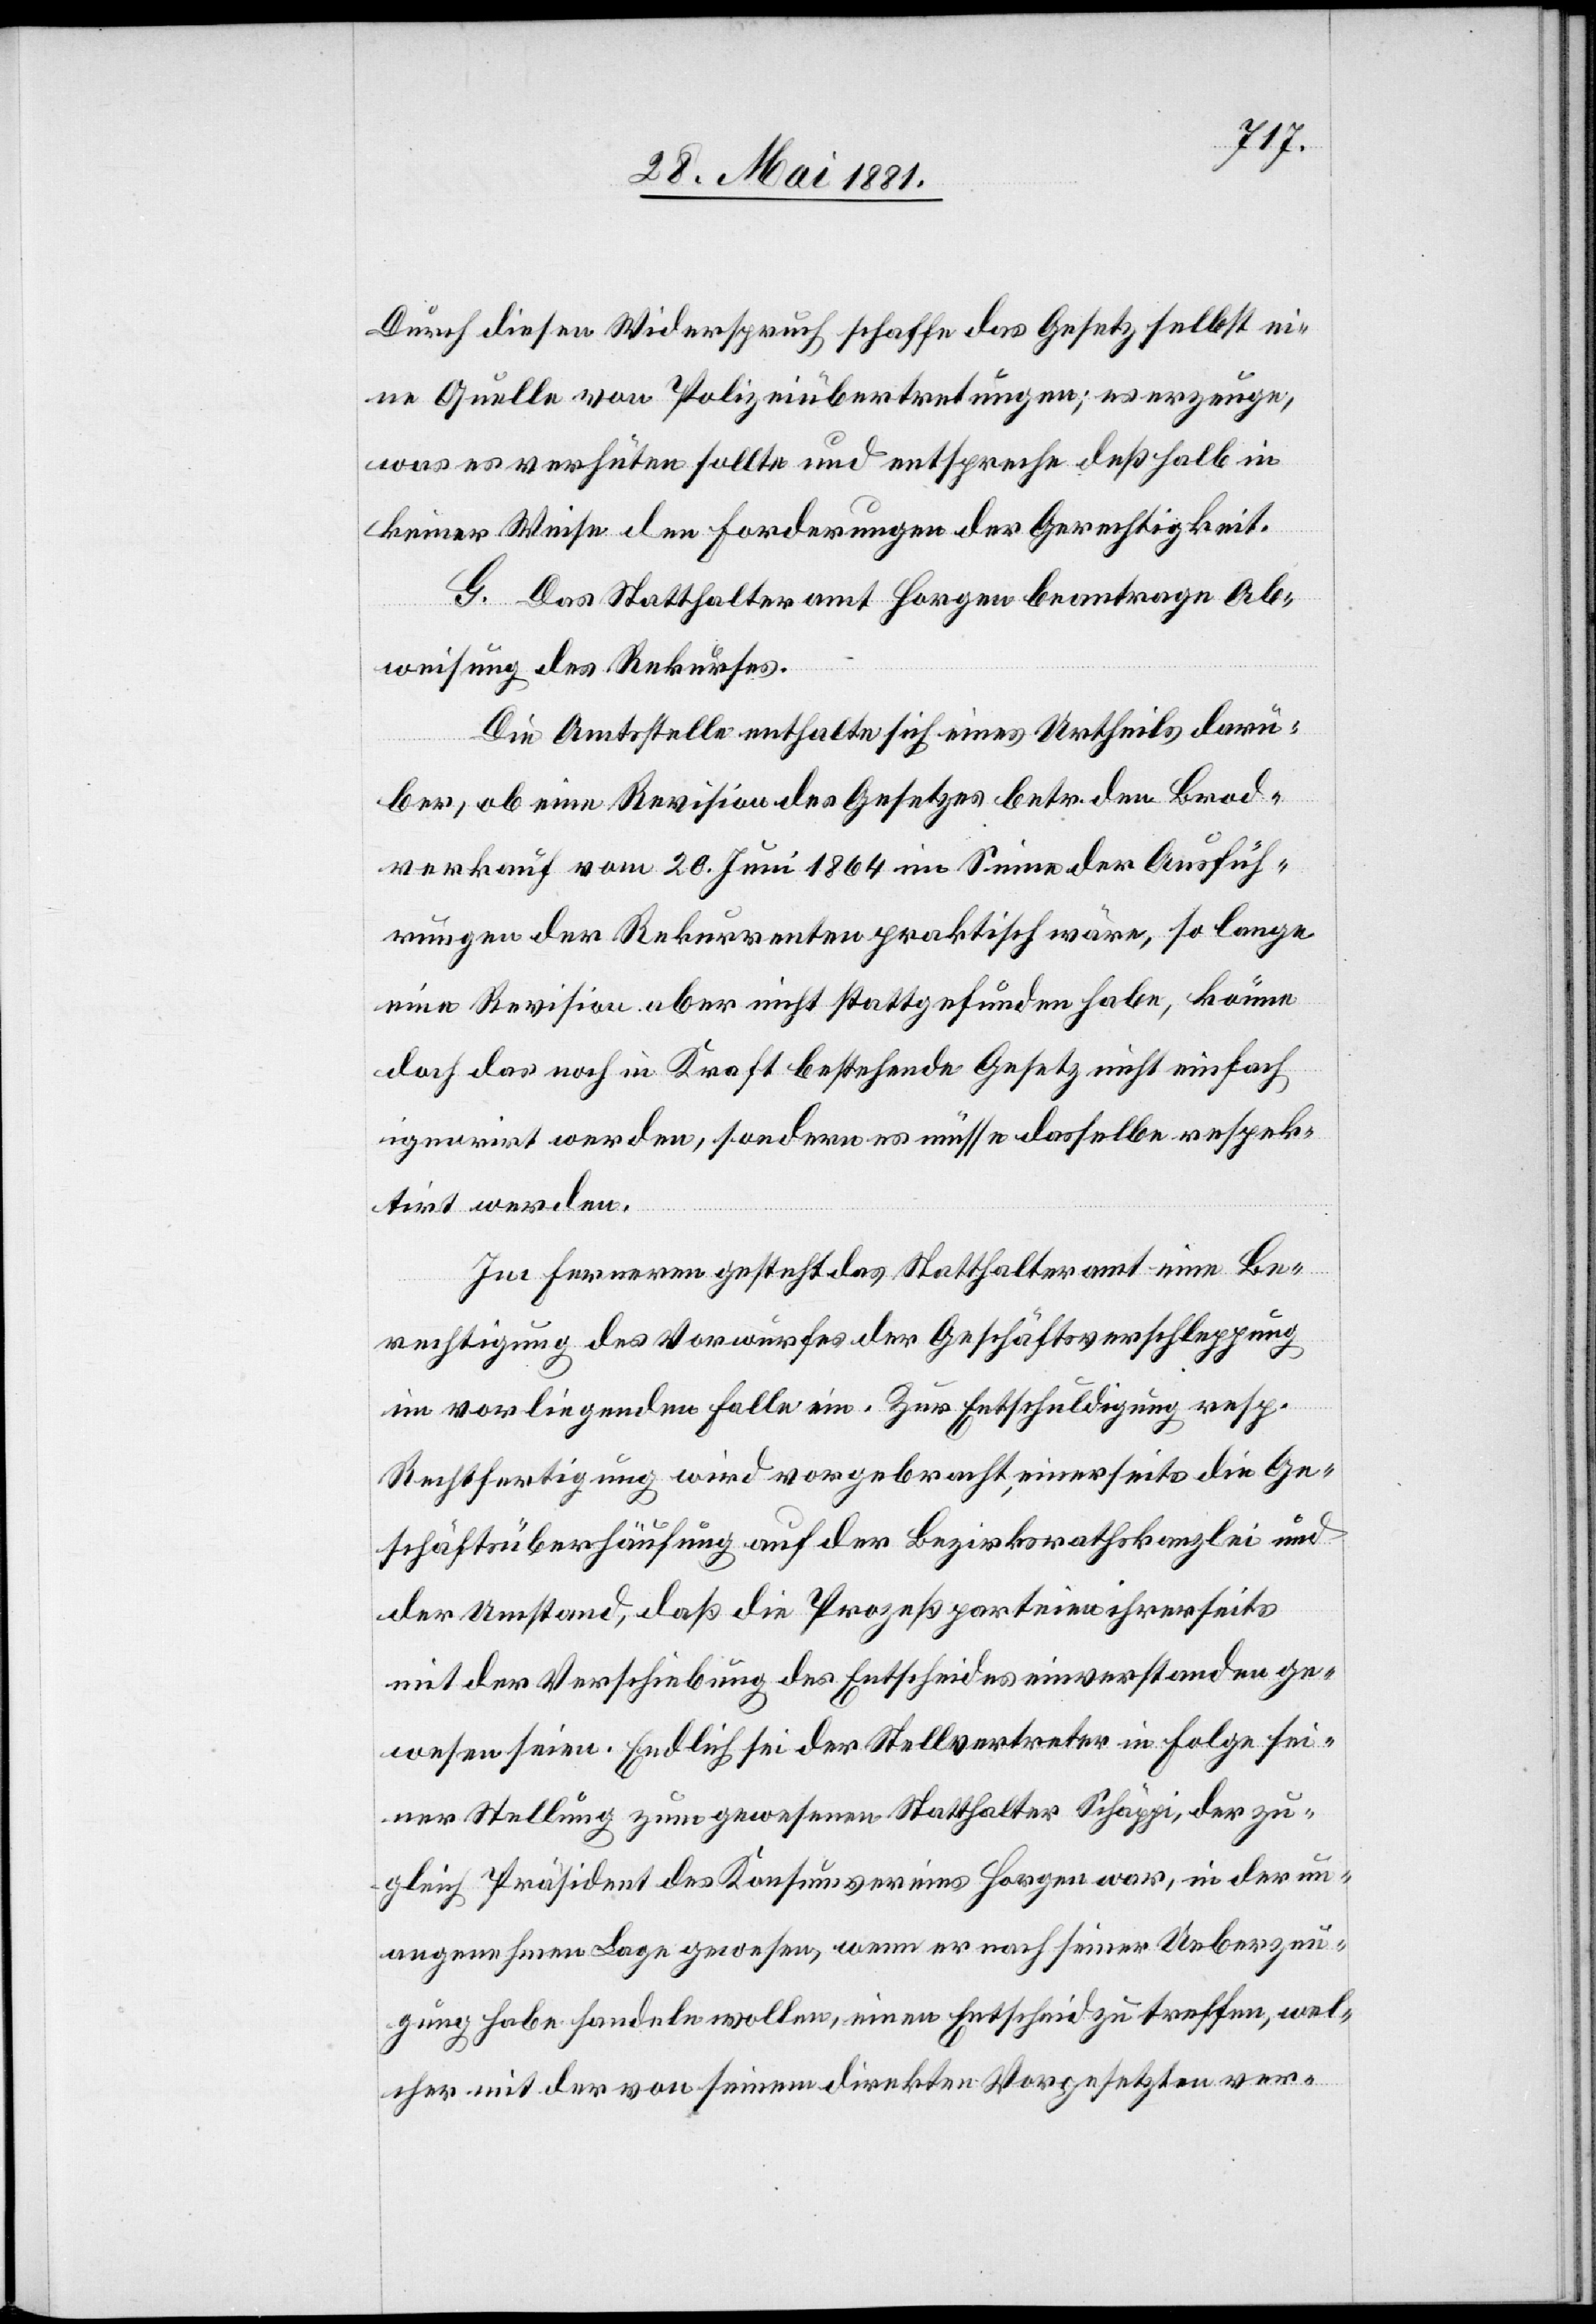
Durch diesen Widerspruch schaffe das Gesetz selbst ei¬
ne Quelle von Polizeiübertretungen; es erzeuge,
was es verhüten sollte und entspreche deßhalb in
keiner Weise der Forderungen der Gerechtigkeit.
G. Das Statthalteramt Horgen beantrag Ab¬
weisung des Rekurses.
Die Amtsstelle enthalte sich eines Urtheils darü¬
ber, ob eine Revision des Gesetzes betr. den Brod¬
verkauf vom 20. Juni 1864 im Sinne der Ausfüh¬
rungen der Rekurrenten praktisch wäre, so lange
eine Revision aber nicht stattgefunden habe, könne
doch das noch in Kraft bestehende Gesetz nicht einfach
ignorirt werden, sondern es müsse dasselbe respek¬
tirt werden.
Im Fernern gesteht das Statthalteramt eine Be¬
rechtigung des Vorwurfes der Geschäftsverschleppung
im vorliegenden Falle ein. Zur Entschuldigung resp.
Rechtfertigung wird vorgebracht, einerseits die Ge¬
schäftsüberhäufung auf der Bezirksrathskanzlei und
der Umstand, daß die Prozessparteien ihrerseits
mit der Verschiebung des Entscheides einverstanden ge¬
wesen seien. Endlich sei der Stellvertreter in Folge sei¬
ner Stellung zum gewesenen Statthalter Schäppi, der zu¬
gleich Präsident des Konsumvereins Horgen war, in der un¬
angenehmen Lage gewesen, wenn er nach seiner Ueberzeu¬
gung habe handeln wollen, einen Entscheid zu treffen, wel¬
cher mit der von seinem direkten Vorgesetzten ver-